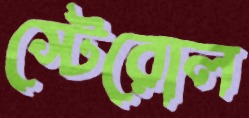
স্টেরোল